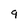
Character: 9